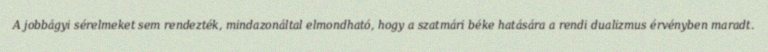
A jobbágyi sérelmeket sem rendezték, mindazonáltal elmondható, hogy a szatmári béke hatására a rendi dualizmus érvényben maradt.